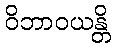
ဝိဘာဝယန္တိ